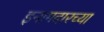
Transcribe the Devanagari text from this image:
इनामदारच्या